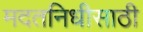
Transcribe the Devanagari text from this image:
मदतनिधीसाठी